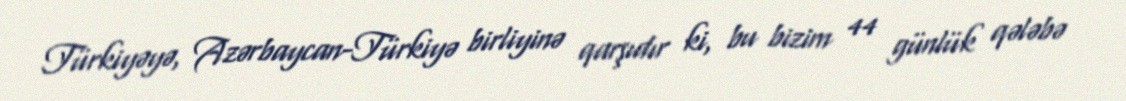
Türkiyəyə, Azərbaycan-Türkiyə birliyinə qarşıdır ki, bu bizim 44 günlük qələbə